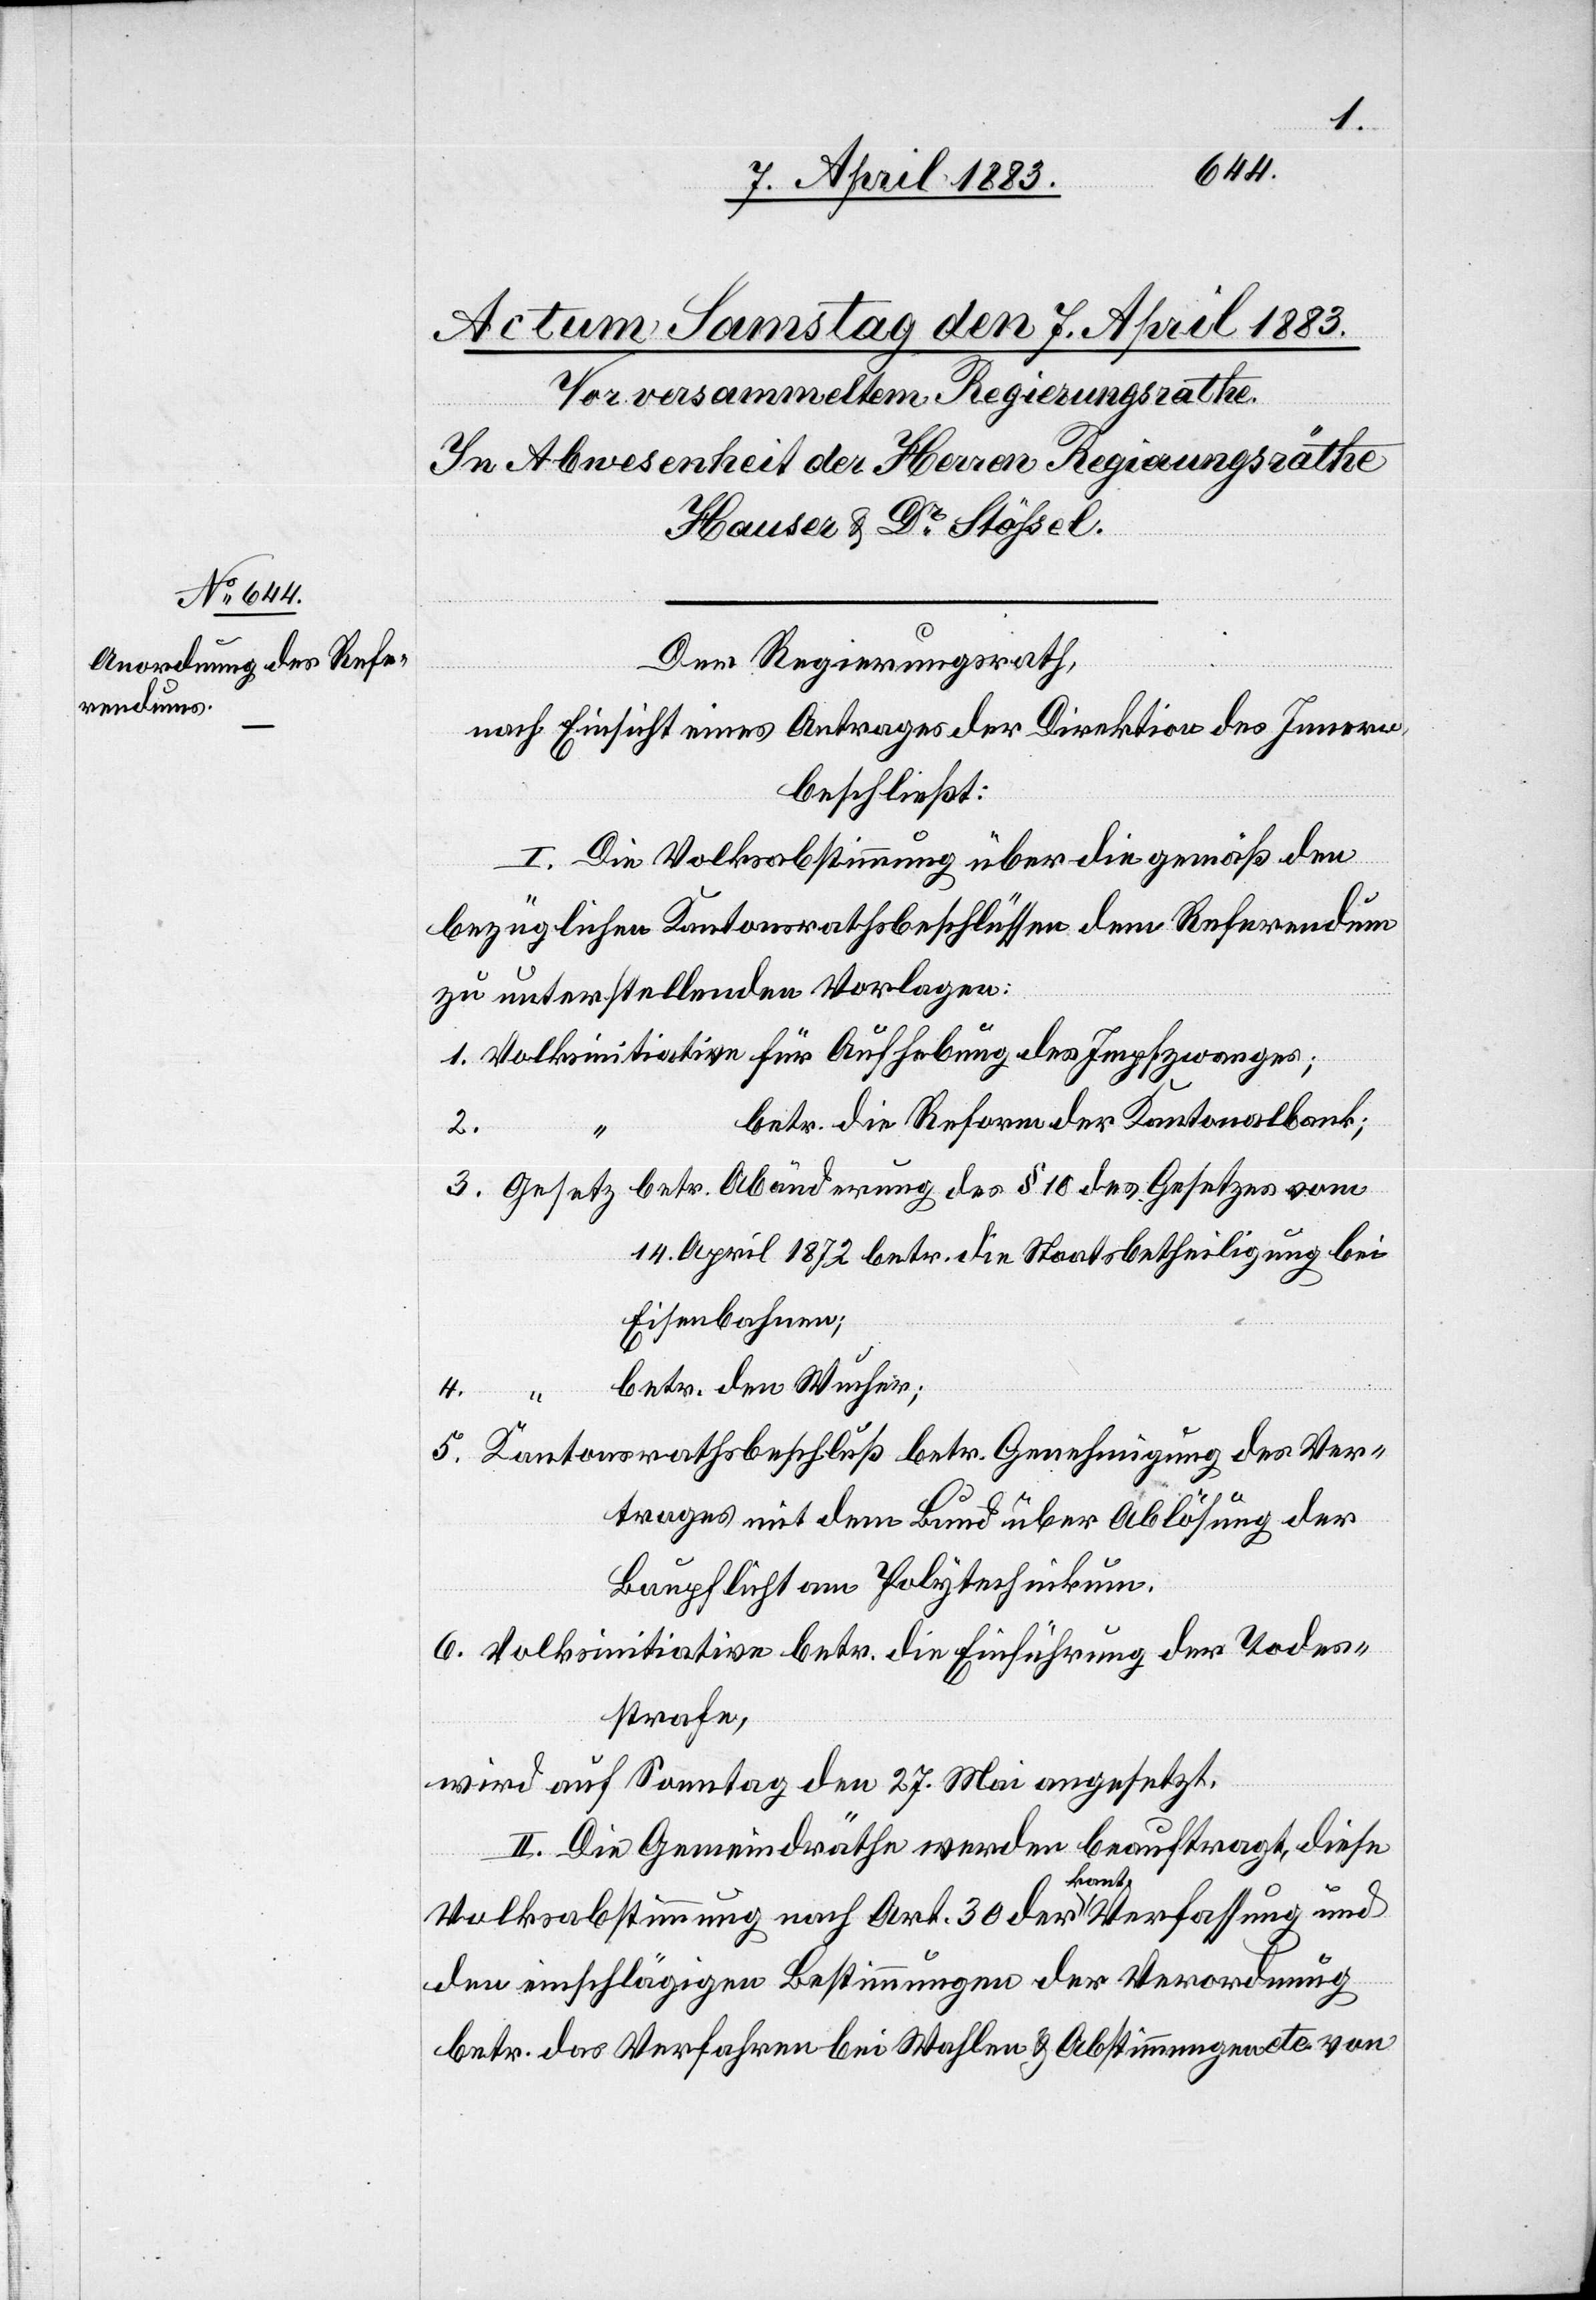
Der Regierungsrath,
nach Einsicht eines Antrages der Direktion des Innern,
beschließt:
I. Die Volksabstimmung über die gemäß den
bezüglichen Kantonsrathsbeschlüssen dem Referendum
zu unterstellenden Vorlagen:
1. Volksinitiative für Aufhebung des Impfzwanges;
betr. die Reform der Kantonalbank;
3. Gesetz betr. Abänderung des § 10 des Gesetzes vom
14. April 1872 betr. die Staatsbetheiligung bei
Eisenbahnen;
betr. den Wucher;
4.
2.
5. Kantonsrathsbeschluß betr. Genehmigung des Ver¬
trages mit dem Bund über Ablösung der
Baupflicht am Polytechnikum.
6. Volksinitiative betr. die Einführung der Todes¬
strafe,
wird auf Sonntag den 27. Mai angesetzt.
II. Die Gemeindräthe werde beauftragt, diese
Volksabstimmung nach Art. 30 der kant. Verfassung und
den einschlägigen Bestimmungen der Verordnung
betr. das Verfahren bei Wahlen & Abstimmungen etc. von